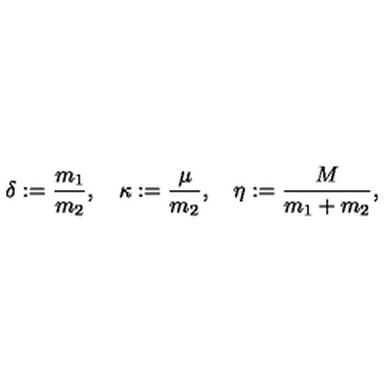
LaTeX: \delta : = \frac { m _ { 1 } } { m _ { 2 } } , \quad \kappa : = \frac { \mu } { m _ { 2 } } , \quad \eta : = \frac { M } { m _ { 1 } + m _ { 2 } } ,